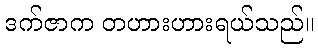
ဒက်ဇာက တဟားဟားရယ်သည်။